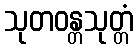
သုတဝန္တသုတ္တံ